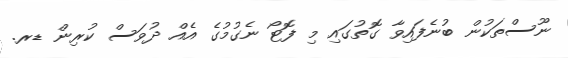
ނޫސްތަކުން ބުނެފައިވާ ގޮތުގައި މި ފޮޓޯ ނެގުމުގެ އެއް ދުވަސް ކުރިން ޑރ.